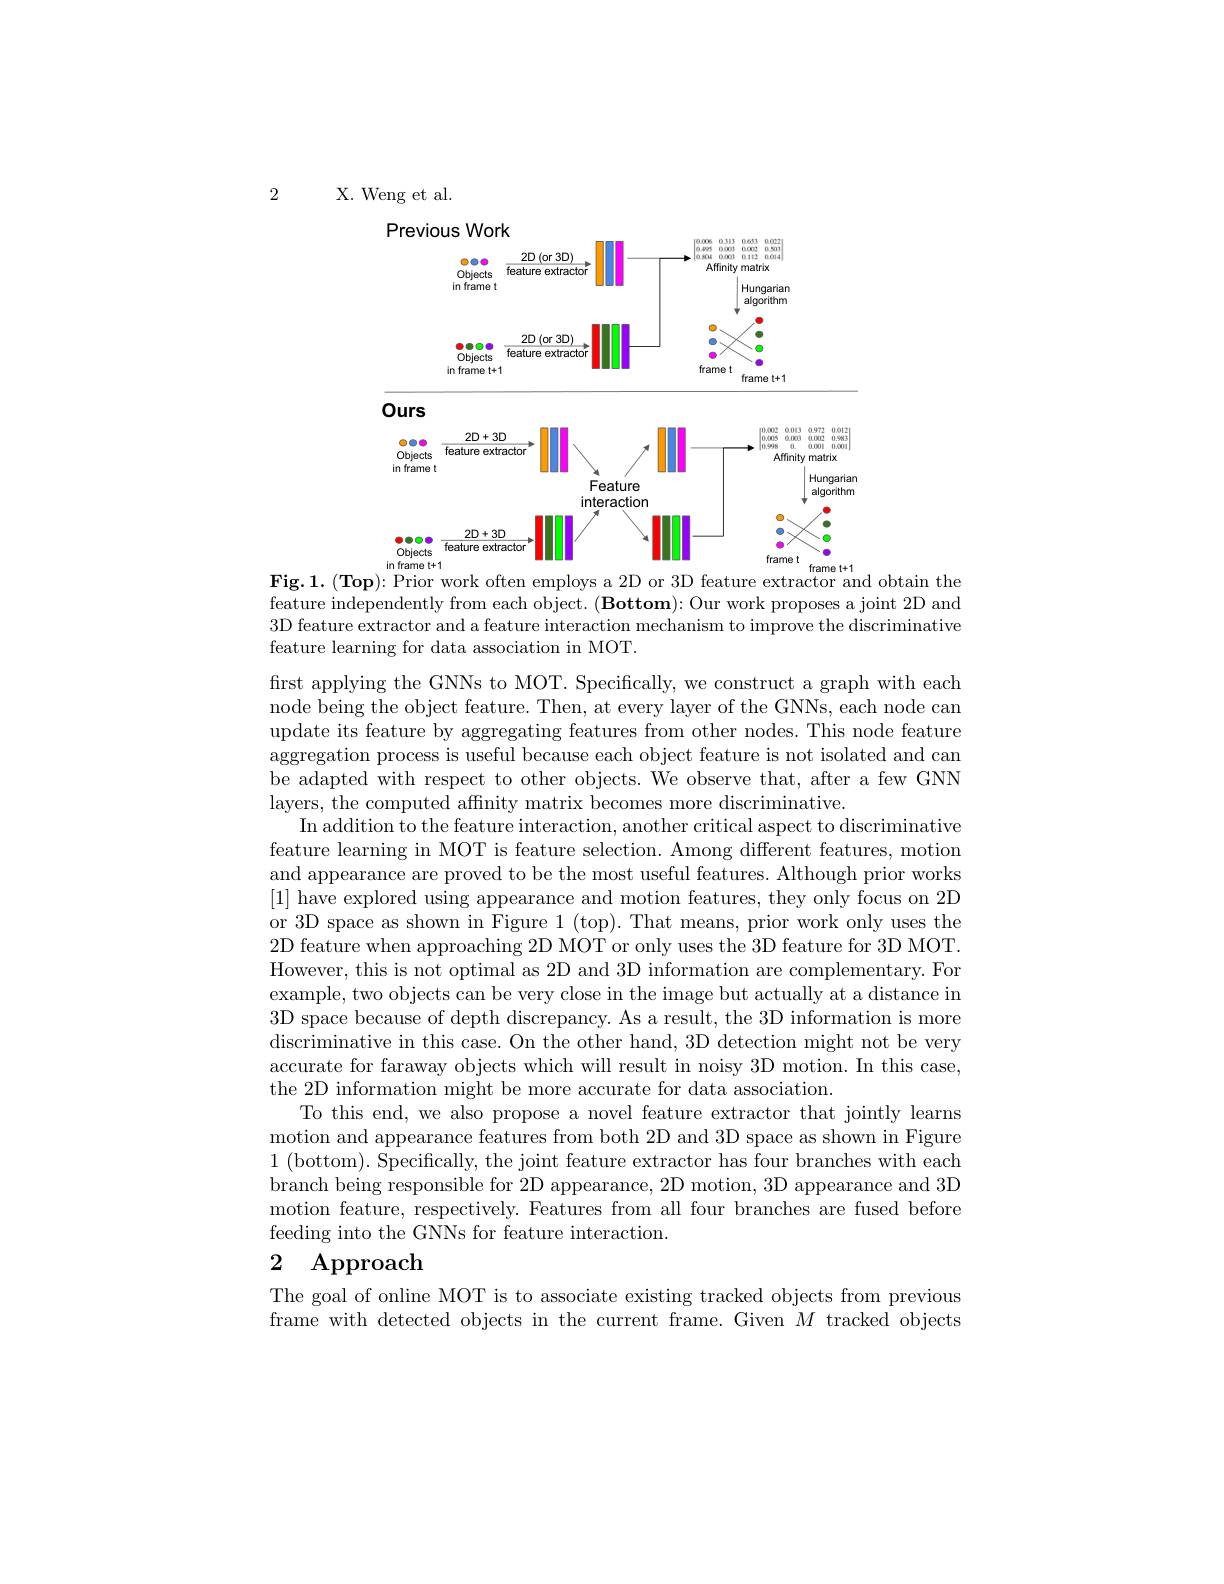
2

X. Weng et al.

<FigureHere>
Fig.1.(Top): Prior work often employs a 2D or 3D feature extractor and obtain the

feature independently from each object. $( \textbf{Bottom})$: Our work proposes a joint 2D and 3D feature extractor and a feature interaction mechanism to improve the discriminative feature learning for data association in MOT.

first applying the GNNs to MOT. Specifically, we construct a graph with each node being the object feature. Then, at every layer of the GNNs, each node can update its feature by aggregating features from other nodes. This node feature aggregation process is useful because each object feature is not isolated and can be adapted with respect to other objects. We observe that, after a few GNN layers, the computed affinity matrix becomes more discriminative.
In addition to the feature interaction, another critical aspect to discriminative feature learning in MOT is feature selection. Among different features, motion and appearance are proved to be the most useful features. Although prior works [1] have explored using appearance and motion features, they only focus on 2D or 3D space as shown in Figure 1 (top). That means, prior work only uses the 2D feature when approaching 2D MOT or only uses the 3D feature for 3D MOT. However, this is not optimal as 2D and 3D information are complementary. For example, two objects can be very close in the image but actually at a distance in 3D space because of depth discrepancy. As a result, the 3D information is more discriminative in this case. On the other hand, 3D detection might not be very accurate for faraway objects which will result in noisy 3D motion. In this case, the 2D information might be more accurate for data association.
To this end, we also propose a novel feature extractor that jointly learns motion and appearance features from both 2D and 3D space as shown in Figure 1 (bottom). Specifically, the joint feature extractor has four branches with each branch being responsible for 2D appearance, 2D motion, 3D appearance and 3D motion feature, respectively. Features from all four branches are fused before feeding into the GNNs for feature interaction.
2 Approach

The goal of online MOT is to associate existing tracked objects from previous frame with detected objects in the current frame. Given $M$ tracked objects